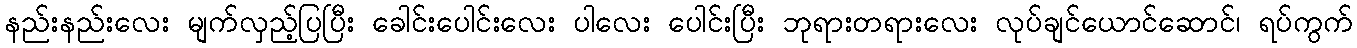
နည်းနည်းလေး မျက်လှည့်ပြပြီး ခေါင်းပေါင်းလေး ပါလေး ပေါင်းပြီး ဘုရားတရားလေး လုပ်ချင်ယောင်ဆောင်၊ ရပ်ကွက်